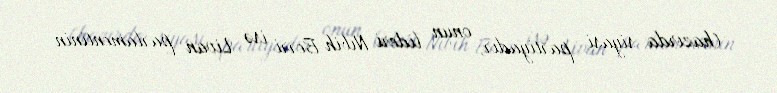
(hazırda siyasi partiyadır, onun lideri Nıbih Berri isə Livan parlamentinin